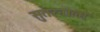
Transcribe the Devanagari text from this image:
सुतरनाला